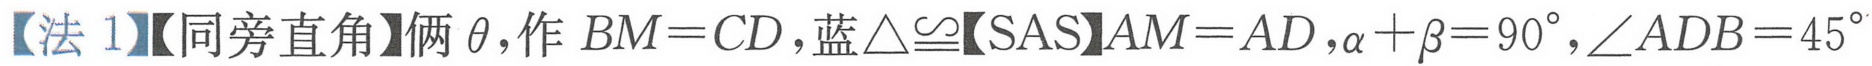
【法 1】【同旁直角】俩\(\theta\)，作 \(BM = CD\)，蓝\(\triangle\cong\)【SAS】\(AM = AD\)，\(\alpha+\beta = 90^{\circ}\)，\(\angle ADB = 45^{\circ}\)